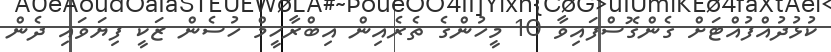
ކުޅުދުއްފުއްޓަށް ގެންގޮސްފައިވާ 10 މީހުންގެ ތެރެއިން އިބްރާހީމް ހުސެން ޒަކީ ފިޔަވައި ދެން